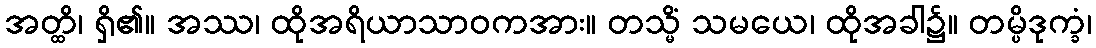
အတ္ထိ၊ ရှိ၏။ အဿ၊ ထိုအရိယာသာဝကအား။ တသ္မိံ သမယေ၊ ထိုအခါ၌။ တမ္ပိဒုက္ခံ၊